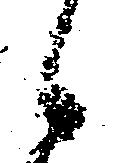
候